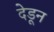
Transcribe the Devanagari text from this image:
देडून